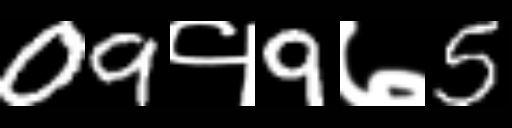
Text: 09१9७5